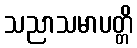
သညာသမာပတ္တိ